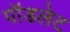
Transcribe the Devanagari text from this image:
पॉडलेट